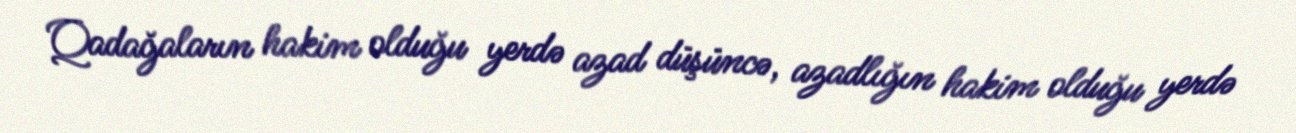
Qadağaların hakim olduğu yerdə azad düşüncə, azadlığın hakim olduğu yerdə